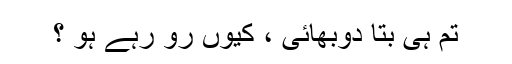
تم ہی بتا دوبھائی ، کیوں رو رہے ہو ؟